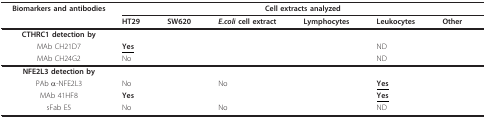
<table><thead><tr><td><b>Biomarkers and antibodies</b></td><td colspan="6"><b>Cell extracts analyzed</b></td></tr><tr><td>[EMPTY_CELL]</td><td><b>HT29</b></td><td><b>SW620</b></td><td><b><i>E.coli </i>cell extract</b></td><td><b>Lymphocytes</b></td><td><b>Leukocytes</b></td><td><b>Other</b></td></tr></thead><tbody><tr><td><b>CTHRC1 detection by</b></td><td>[EMPTY_CELL]</td><td>[EMPTY_CELL]</td><td>[EMPTY_CELL]</td><td>[EMPTY_CELL]</td><td>[EMPTY_CELL]</td><td>[EMPTY_CELL]</td></tr><tr><td>MAb CH21D7</td><td><b><underline>Yes</underline></b></td><td>[EMPTY_CELL]</td><td>[EMPTY_CELL]</td><td>[EMPTY_CELL]</td><td>ND</td><td>[EMPTY_CELL]</td></tr><tr><td>MAb CH24G2</td><td>No</td><td>[EMPTY_CELL]</td><td>[EMPTY_CELL]</td><td>[EMPTY_CELL]</td><td>ND</td><td>[EMPTY_CELL]</td></tr><tr><td><b>NFE2L3 detection by</b></td><td>[EMPTY_CELL]</td><td>[EMPTY_CELL]</td><td>[EMPTY_CELL]</td><td>[EMPTY_CELL]</td><td>[EMPTY_CELL]</td><td>[EMPTY_CELL]</td></tr><tr><td>PAb α-NFE2L3</td><td>No</td><td>[EMPTY_CELL]</td><td>No</td><td>[EMPTY_CELL]</td><td><b><underline>Yes</underline></b></td><td>[EMPTY_CELL]</td></tr><tr><td>MAb 41HF8</td><td><b>Yes</b></td><td>[EMPTY_CELL]</td><td>[EMPTY_CELL]</td><td>[EMPTY_CELL]</td><td><b><underline>Yes</underline></b></td><td>[EMPTY_CELL]</td></tr><tr><td>sFab E5</td><td>No</td><td>[EMPTY_CELL]</td><td>No</td><td>[EMPTY_CELL]</td><td>ND</td><td>[EMPTY_CELL]</td></tr></tbody></table>